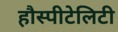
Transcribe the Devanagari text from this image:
हौस्पीटेलिटी